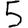
Digit: 5